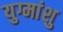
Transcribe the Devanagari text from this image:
युग्मांशु